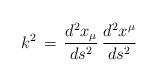
LaTeX: \begin{align*}k^2\,=\, \frac{d^2x_\mu}{ds^2}\,\frac{d^2x^\mu }{ds^2}\end{align*}